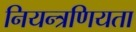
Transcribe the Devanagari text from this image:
नियन्त्रणियता